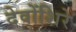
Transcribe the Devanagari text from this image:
देवोंशिरे